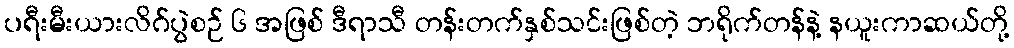
ပရီးမီးယားလိဂ်ပွဲစဉ် ၆ အဖြစ် ဒီရာသီ တန်းတက်နှစ်သင်းဖြစ်တဲ့ ဘရိုက်တန်နဲ့ နယူးကာဆယ်တို့